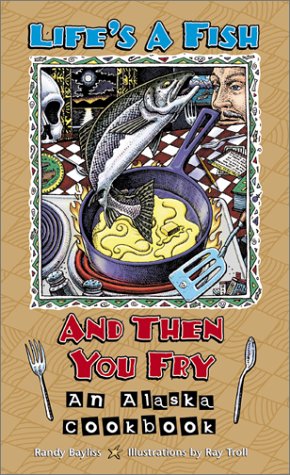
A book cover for Life's a Fish and Then You Fry: An Alaska Cookbook; Randy Bayliss; Cookbooks, Food & Wine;